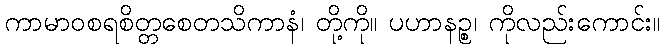
ကာမာဝစရစိတ္တစေတသိကာနံ၊ တို့ကို။ ပဟာနဉ္စ၊ ကိုလည်းကောင်း။